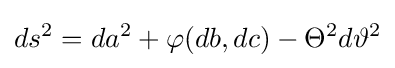
ds^{2}=da^{2}+\varphi (db,dc)-\Theta ^{2}d\vartheta ^{2}